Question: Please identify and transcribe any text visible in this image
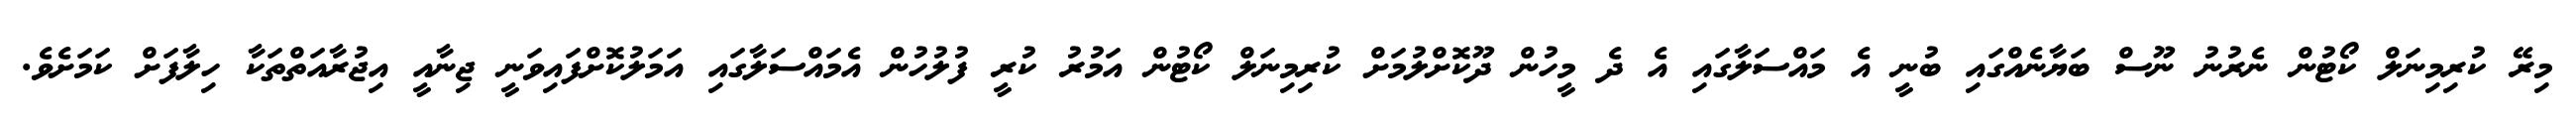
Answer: މިރޭ ކުރިމިނަލް ކޯޓުން ނެރުނު ނޫސް ބަޔާނެއްގައި ބުނީ އެ މައްސަލާގައި އެ ދެ މީހުން ދޫކޮށްލުމަށް ކުރިމިނަލް ކޯޓުން އަމުރު ކުރީ ފުލުހުން އެމައްސަލާގައި އަމަލުކޮށްފައިވަނީ ޖިނާއީ އިޖުރާއަތްތަކާ ހިލާފަށް ކަމަށެވެ.